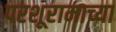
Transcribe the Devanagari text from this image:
परशूरामाच्या